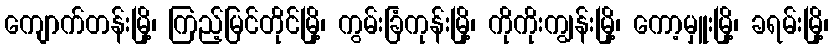
ကျောက်တန်းမြို့၊ ကြည့်မြင်တိုင်မြို့၊ ကွမ်းခြံကုန်းမြို့၊ ကိုကိုးကျွန်းမြို့၊ ကော့မှူးမြို့၊ ခရမ်းမြို့၊